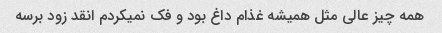
همه چیز عالی مثل همیشه غذام داغ بود و فک نمیکردم انقد زود برسه